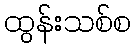
ထွန်းသစ်စ